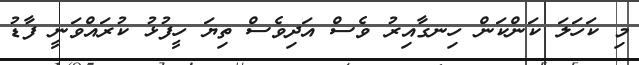
މި ކަހަލަ ކަންކަން ހިނގާއިރު ވެސް އަދިވެސް ތިޔަ ހީފުޅު ކުރައްވަނީ ފާޑު